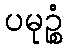
ပမုဉ္စံ